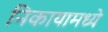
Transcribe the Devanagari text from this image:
निकायामध्ये